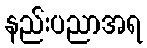
နည်းပညာအရ